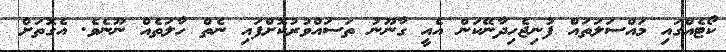
ކޯޓެއްގައި މައްސަލަތައް ފުނިޖެހިދާނޭކަން އެއީ ގާނޫނު ތަސައްވުރުކޮށްފައި ނެތް ހާލަތެއް ނޫނެވެ. އެގޮތަށް